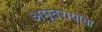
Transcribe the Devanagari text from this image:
अमृतरायांना